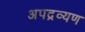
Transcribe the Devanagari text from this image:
अपद्रव्यण